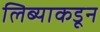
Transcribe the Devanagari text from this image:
लिब्याकडून